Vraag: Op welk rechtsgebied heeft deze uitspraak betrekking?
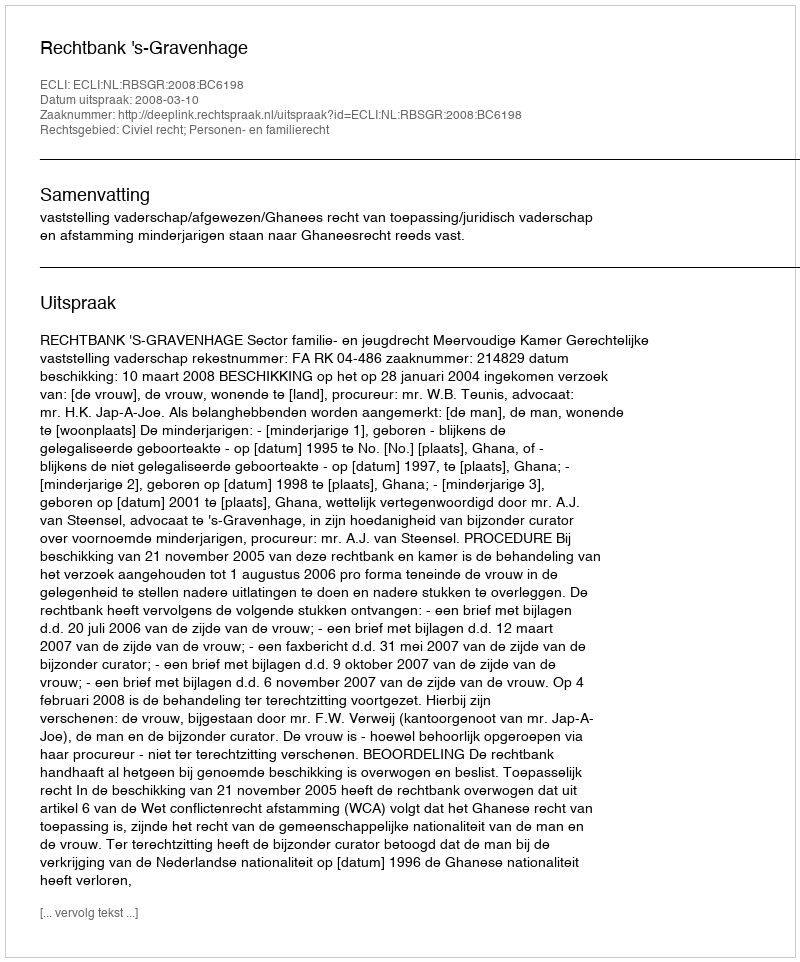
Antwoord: Civiel recht; Personen- en familierecht